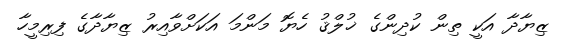
ޒިޔާދާ އަކީ ތިން ކުދިންގެ ޚުލްޤު ހެޔޮ މަންމަ އަކަށްވާއިރު ޒިޔާދާގެ ފިރިމީހާ